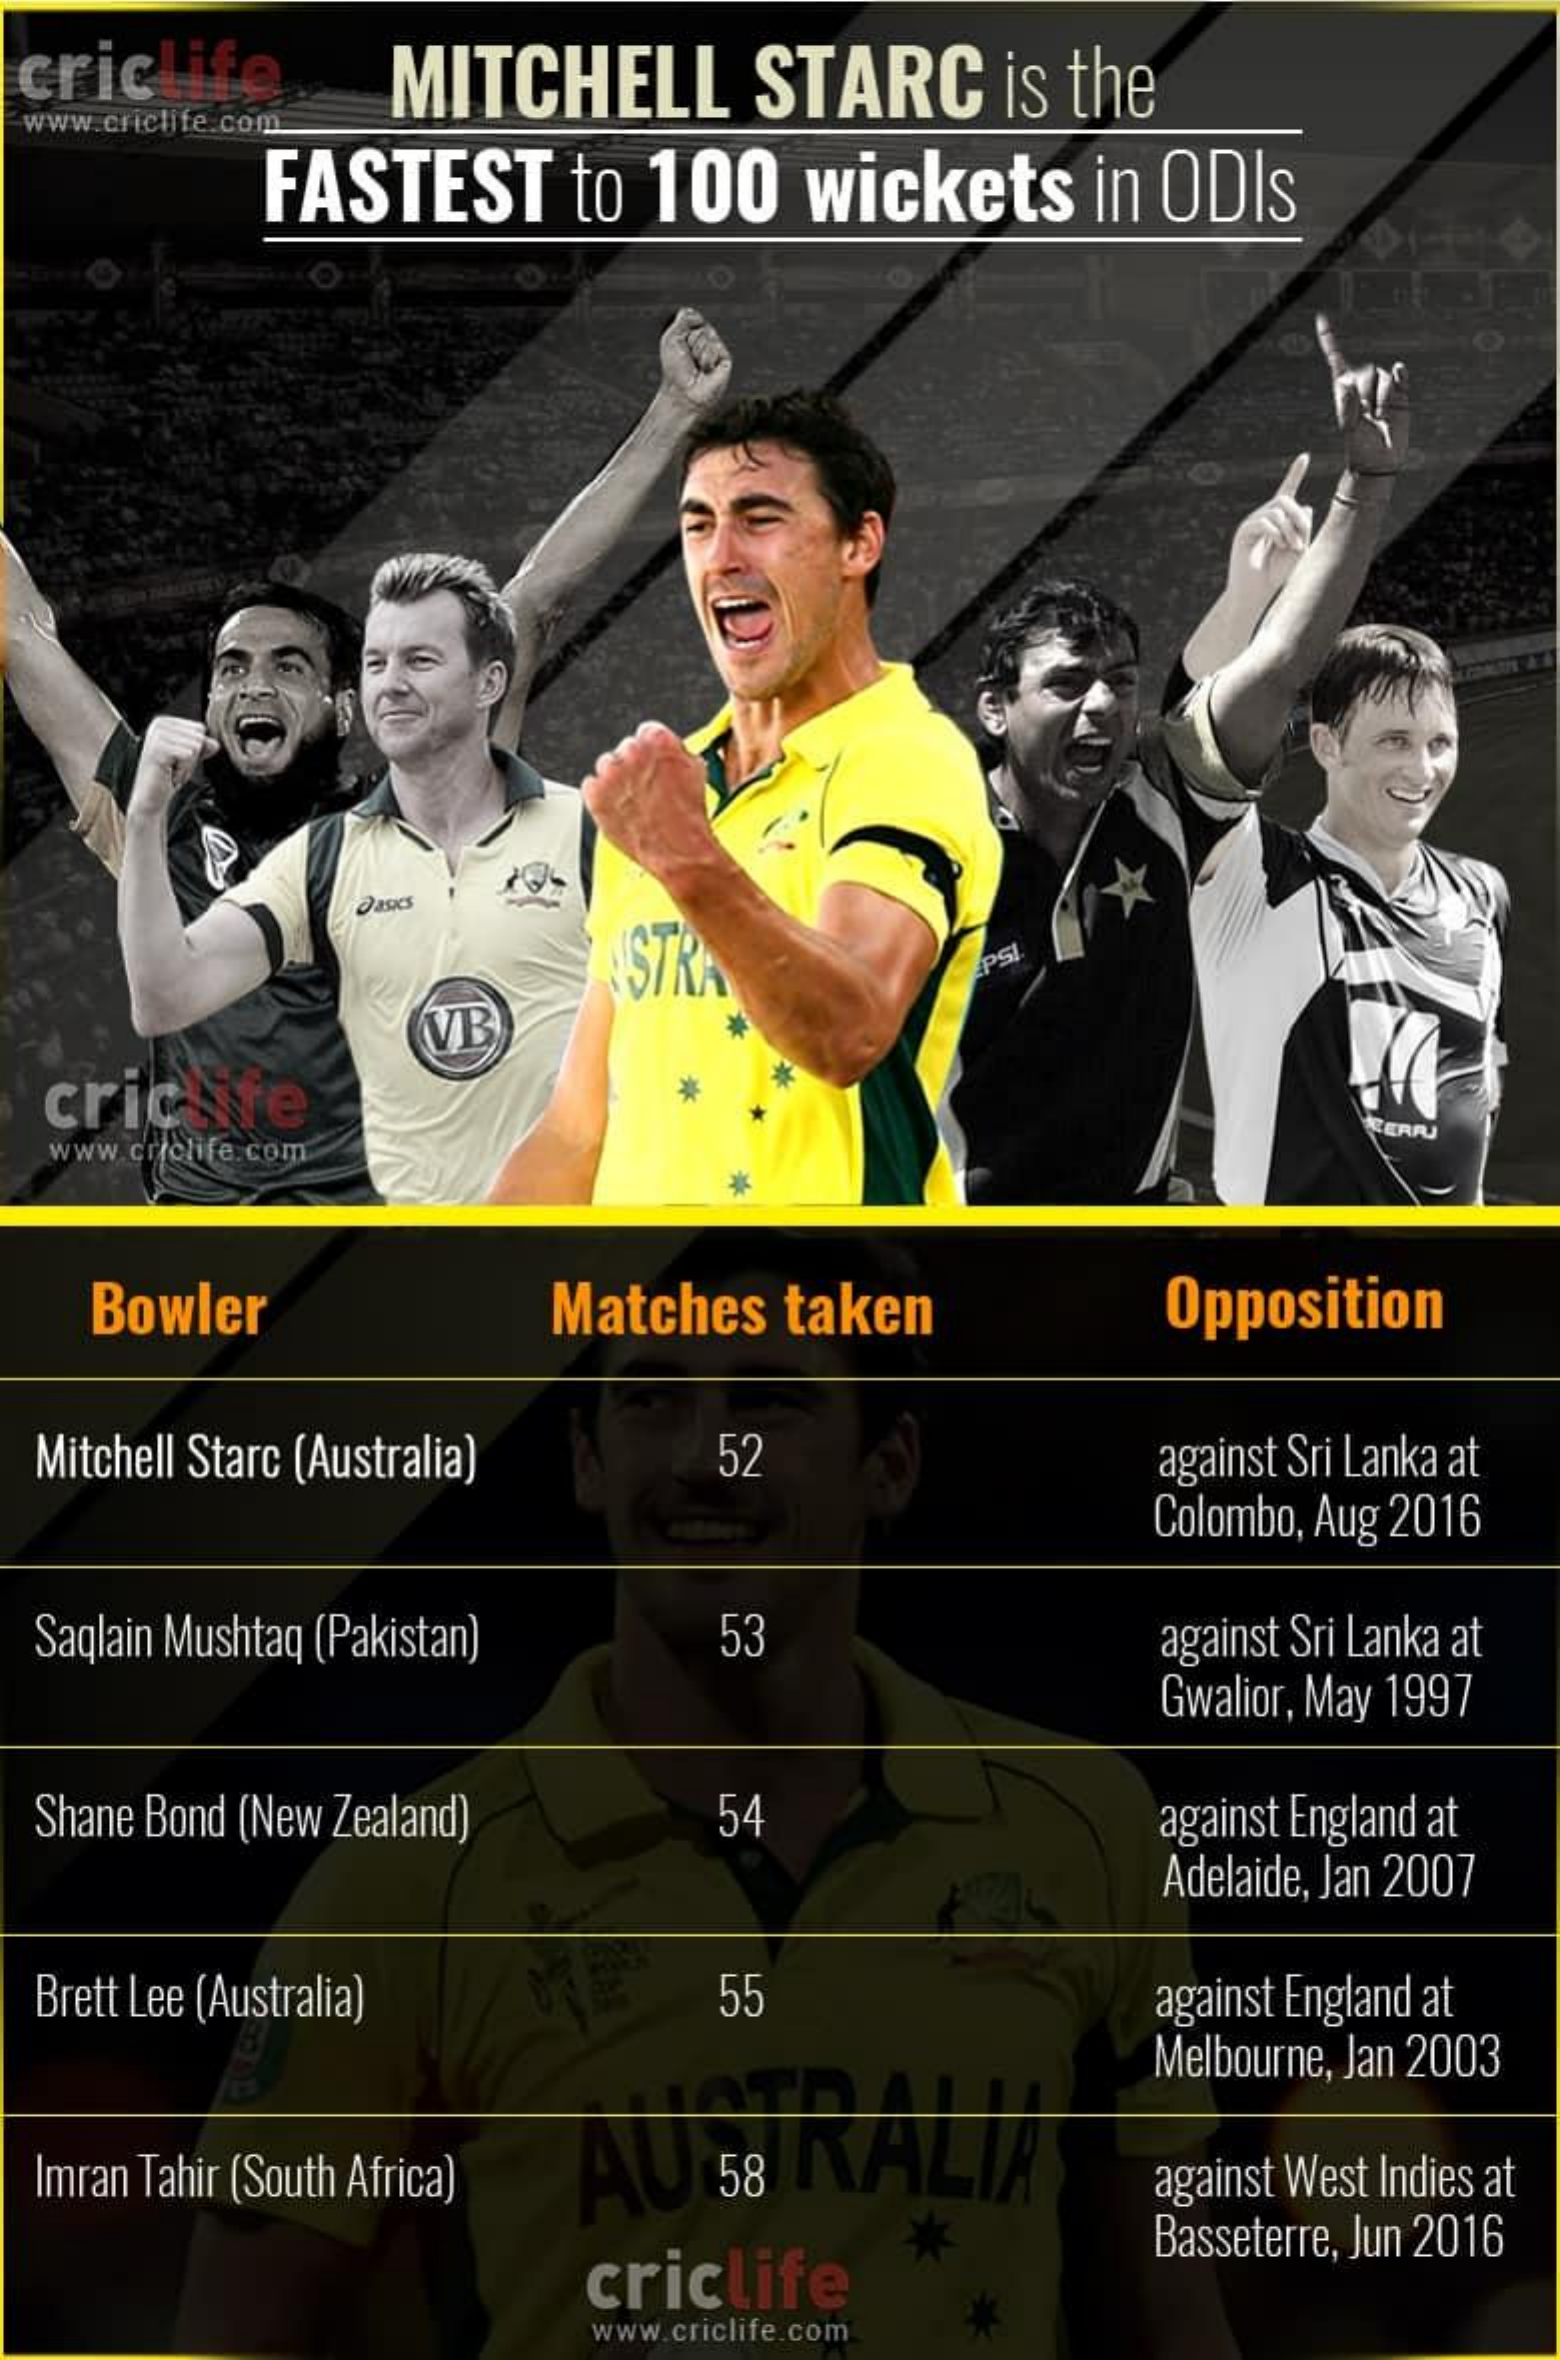
criclife    MITCHELL    STARC   is the
  www.criclife.com
     FASTEST   to 100  wickets   in ODIs
     DasKs
     STRA
     VB
  criclife
  www.criclife.com
     *
   Bowler    Matches  taken    Opposition
  Mitchell Starc (Australia) 52    against Sri Lanka at
     Colombo, Aug 2016
  Saglain Mushtaq (Pakistan) 53    against Sri Lanka at
     Gwalior, May 1997
  Shane Bond (New Zealand) 54    against England at
     Adelaide, Jan 2007
  Brett Lee (Australia)  55    against England at
     Melbourne, Jan 2003
  Imran Tahir (South Africa) AU 58 ITALIA against West Indies at
     criclife
     Basseterre, Jun 2016
     www.criclife.com